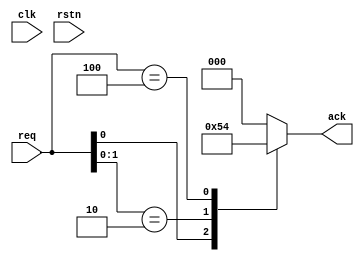
module ArbStatic3(
    input clk,rstn,
    input [2:0] req,
    output [2:0] ack
);
    reg [2:0] ack;
    always @(req) begin
        casez(req)
        3'b??1:     ack=3'b001;
        3'b?10:     ack=3'b010;
        3'b100:     ack=3'b100;
        default     ack=3'b000;
        endcase
    end
endmodule